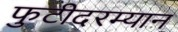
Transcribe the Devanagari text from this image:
फुटीदरम्यान